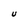
Character: U